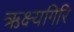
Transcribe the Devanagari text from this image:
ऋक्ष्यगिरि